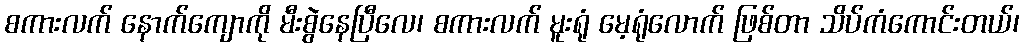
စကားလက် နောက်ကျောကို မီးစွဲနေပြီလေ၊ စကားလက် မူးရုံ မေ့ရုံလောက် ဖြစ်တာ သိပ်ကံကောင်းတယ်၊